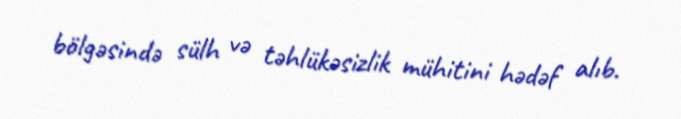
bölgəsində sülh və təhlükəsizlik mühitini hədəf alıb.